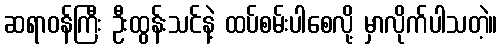
ဆရာဝန်ကြီး ဦးထွန်းသင်နဲ့ ထပ်စမ်းပါစေလို့ မှာလိုက်ပါသတဲ့။